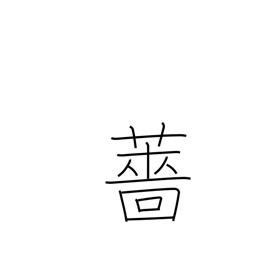
Meaning: water pepper